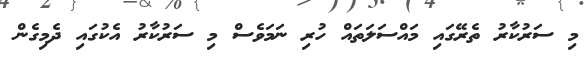
މި ސަރުކާރު ތެރޭގައި މައްސަލަތައް ހުރި ނަމަވެސް މި ސަރުކާރު އެކުގައި ދެމިގެން